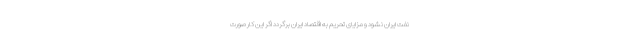
نفت ایران نشود و مزایای تحریم به اقتصاد ایران برگردد اگر این کار صورت